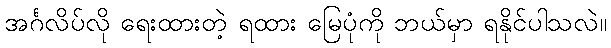
အင်္ဂလိပ်လို ရေးထားတဲ့ ရထား မြေပုံကို ဘယ်မှာ ရနိုင်ပါသလဲ။